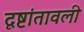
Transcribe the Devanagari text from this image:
दृष्टांतावली